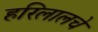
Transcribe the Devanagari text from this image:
हरिलालचे